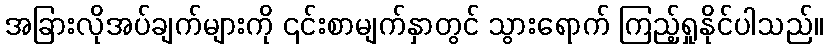
အခြားလိုအပ်ချက်များကို ၎င်းစာမျက်နှာတွင် သွားရောက် ကြည့်ရှုနိုင်ပါသည်။